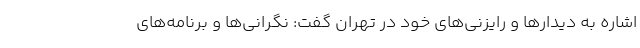
اشاره به دیدارها و رایزنی‌های خود در تهران گفت: نگرانی‌ها و برنامه‌های